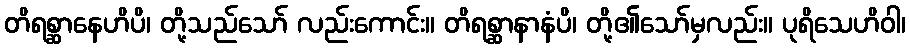
တိရစ္ဆာနေဟိပိ၊ တို့သည်သော် လည်းကောင်း။ တိရစ္ဆာနာနံပိ၊ တို့၏သော်မှလည်း။ ပုရိသေဟိဝါ၊